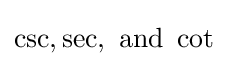
\csc ,\sec ,{\text{ and }}\cot